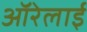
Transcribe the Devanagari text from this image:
ऑरेलाई